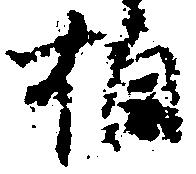
相